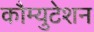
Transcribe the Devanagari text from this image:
कौम्युटेशन